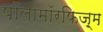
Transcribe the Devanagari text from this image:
पॉलीमॉरफिज़्म